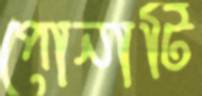
পোনাটি